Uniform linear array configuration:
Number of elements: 8
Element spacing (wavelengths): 0.75
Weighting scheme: blackman
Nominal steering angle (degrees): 60
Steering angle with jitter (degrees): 61.643
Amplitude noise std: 0.05
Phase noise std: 0.05

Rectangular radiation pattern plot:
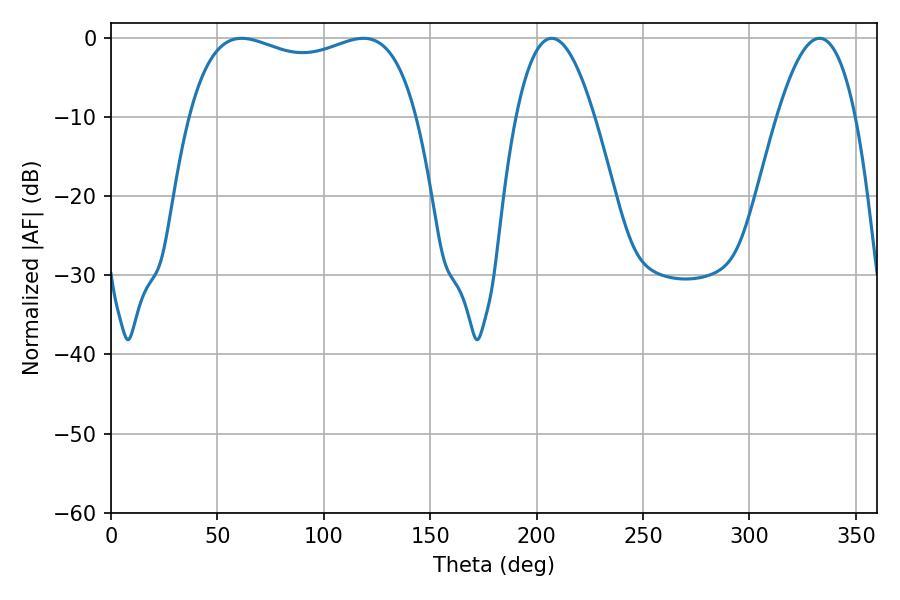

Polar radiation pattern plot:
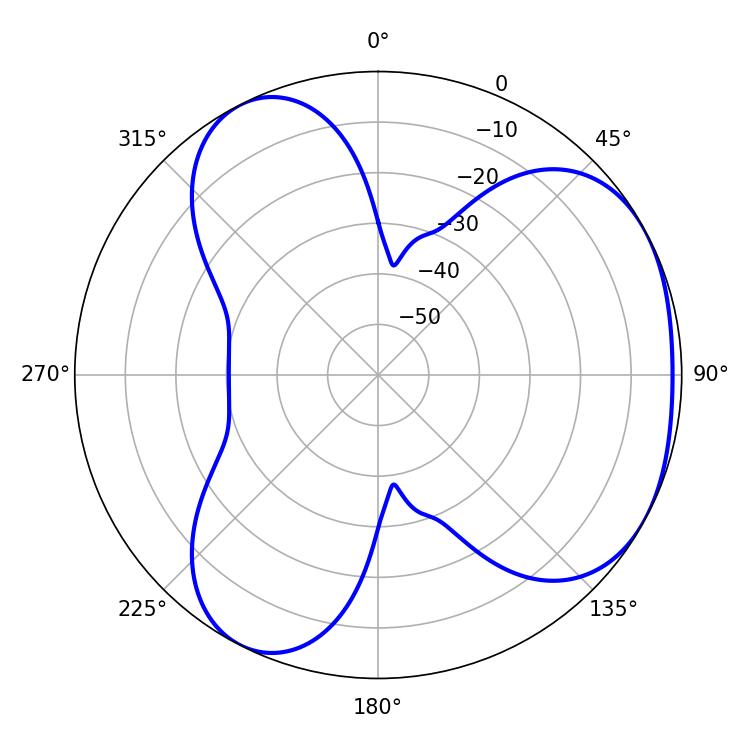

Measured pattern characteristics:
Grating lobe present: TRUE
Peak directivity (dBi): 3.752
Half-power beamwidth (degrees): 87.48
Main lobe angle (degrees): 61.38